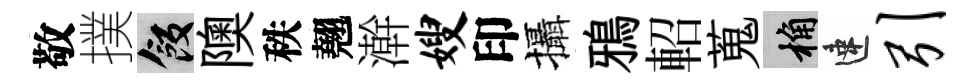
敬撲飯隩秩翹澣嫂印攝鴉軺蒐桷速引